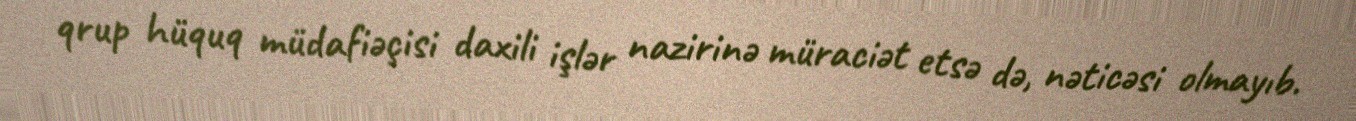
qrup hüquq müdafiəçisi daxili işlər nazirinə müraciət etsə də, nəticəsi olmayıb.